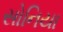
સોનિયા